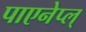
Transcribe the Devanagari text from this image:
पाएनेप्ल्